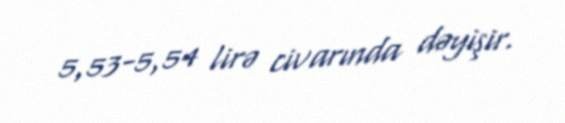
5,53-5,54 lirə civarında dəyişir.